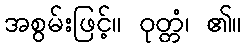
အစွမ်းဖြင့်။ ဝုတ္တံ၊ ၏။